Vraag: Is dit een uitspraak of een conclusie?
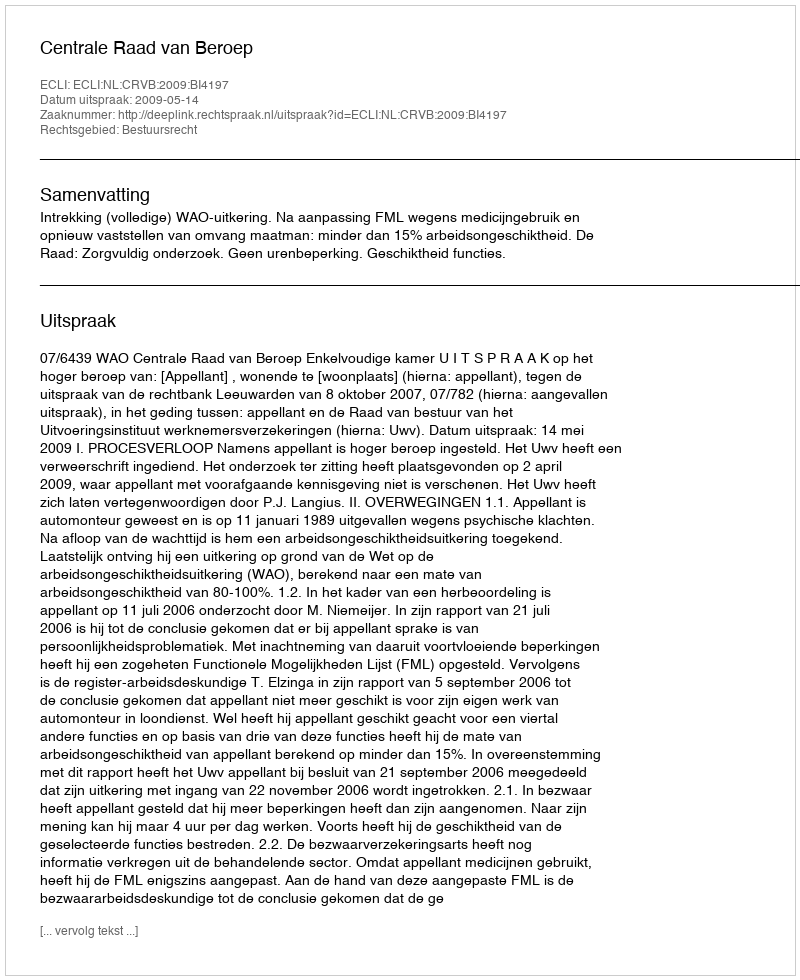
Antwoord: Uitspraak